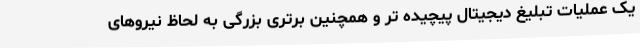
یک عملیات تبلیغ دیجیتال پیچیده تر و همچنین برتری بزرگی به لحاظ نیروهای